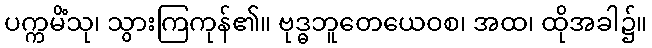
ပက္ကမိံသု၊ သွားကြကုန်၏။ ဗုဒ္ဓဘူတေယေဝစ၊ အထ၊ ထိုအခါ၌။